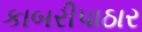
કાબરીપાઠાર